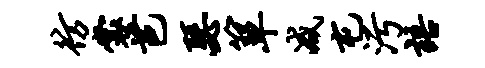
彷裳芭瑟箪减屯污语